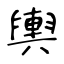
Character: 輿